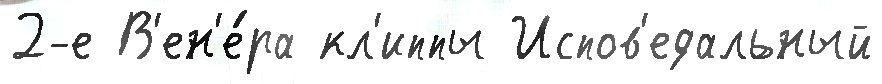
2-е В'ен'е́ра кл'иппы Испов'едальный